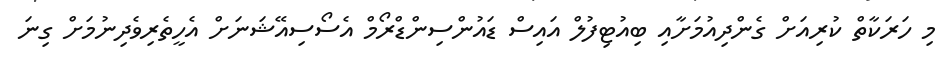
މި ހަރަކާތް ކުރިއަށް ގެންދިއުމަށާއި ބިއުޓިފުލް އައިސް ޑައުންސިންޑްރޯމް އެސޯސިއޭޝަނަށް އެހީތެރިވެދިނުމަށް ގިނަ